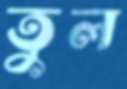
তুল